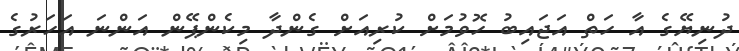
ދުނިޔޭގެ އާ ހަތް އަޖައިބު ހޮވުމަށް ކުރިއަށް ގެންދާ މިކެންޕޭން އަންނަ އަހަރުގެ